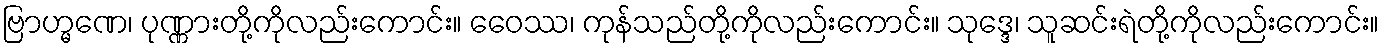
ဗြာဟ္မဏေ၊ ပုဏ္ဏားတို့ကိုလည်းကောင်း။ ဝေေဿ၊ ကုန်သည်တို့ကိုလည်းကောင်း။ သုဒ္ဒေ၊ သူဆင်းရဲတို့ကိုလည်းကောင်း။